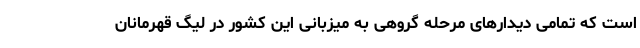
است که تمامی دیدار‌های مرحله گروهی به میزبانی این کشور در لیگ قهرمانان